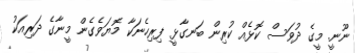
ނޫނީ. މީގެ ދުވަސް ކޮޅެއް ކުރިން ބަނގާޅީ ފިރިހެނަކާ މޮޔަވެގެން މީނާގެ ދަރިއަކު